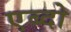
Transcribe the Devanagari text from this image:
एब्दो